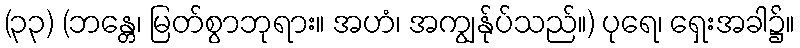
(၃၃) (ဘန္တေ၊ မြတ်စွာဘုရား။ အဟံ၊ အကျွန်ုပ်သည်။) ပုရေ၊ ရှေးအခါ၌။